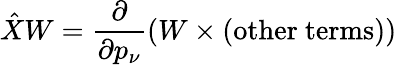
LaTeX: \hat{X}W=\frac{\partial}{\partial p_{\nu}}(W\times(\mathrm{other~terms}))